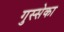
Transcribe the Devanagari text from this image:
गुस्सेका